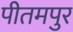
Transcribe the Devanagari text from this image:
पीतमपुर